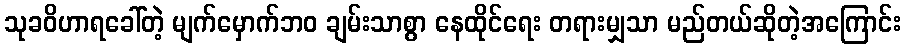
သုခဝိဟာရခေါ်တဲ့ မျက်မှောက်ဘဝ ချမ်းသာစွာ နေထိုင်ရေး တရားမျှသာ မည်တယ်ဆိုတဲ့အကြောင်း